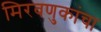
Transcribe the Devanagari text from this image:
मिरवणुकांचा